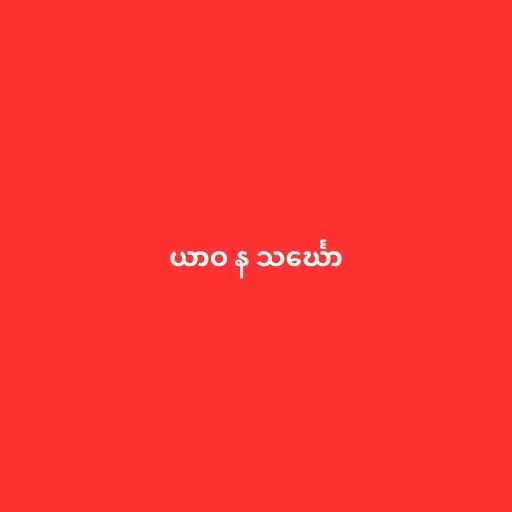
ယာဝ န သင်္ဃော